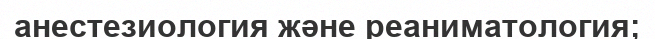
анестезиология және реаниматология;